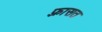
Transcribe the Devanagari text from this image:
फ़्रासत